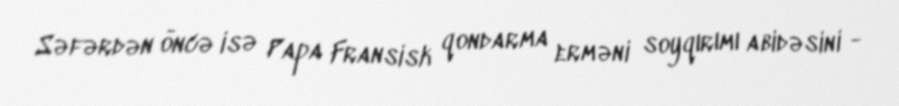
Səfərdən öncə isə Papa Fransisk qondarma erməni soyqırımı abidəsini -